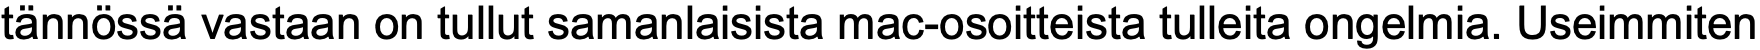
tännössä vastaan on tullut samanlaisista mac-osoitteista tulleita ongelmia. Useimmiten